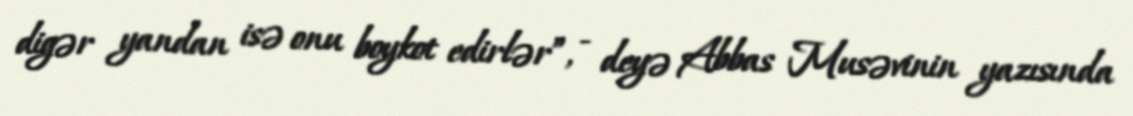
digər yandan isə onu boykot edirlər”, - deyə Abbas Musəvinin yazısında